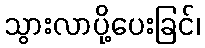
သွားလာပို့ပေးခြင်၊